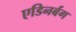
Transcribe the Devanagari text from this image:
एडिनर्बग